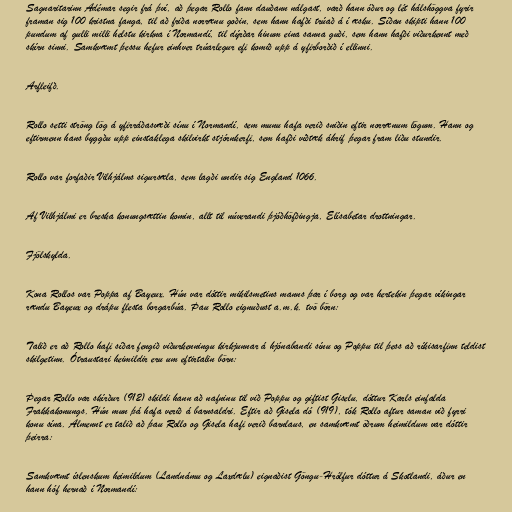
Sagnaritarinn Adémar segir frá því, að þegar Rollo fann dauðann nálgast, varð hann óður og lét hálshöggva fyrir
framan sig 100 kristna fanga, til að friða norrænu goðin, sem hann hafði trúað á í æsku. Síðan skipti hann 100
pundum af gulli milli helstu kirkna í Normandí, til dýrðar hinum eina sanna guði, sem hann hafði viðurkennt með
skírn sinni. Samkvæmt þessu hefur einhver trúarlegur efi komið upp á yfirborðið í ellinni.

Arfleifð.

Rollo setti ströng lög á yfirráðasvæði sínu í Normandí, sem munu hafa verið sniðin eftir norrænum lögum. Hann og
eftirmenn hans byggðu upp einstaklega skilvirkt stjórnkerfi, sem hafði víðtæk áhrif þegar fram liðu stundir.

Rollo var forfaðir Vilhjálms sigursæla, sem lagði undir sig England 1066.

Af Vilhjálmi er breska konungsættin komin, allt til núverandi þjóðhöfðingja, Elísabetar drottningar.

Fjölskylda.

Kona Rollos var Poppa af Bayeux. Hún var dóttir mikilsmetins manns þar í borg og var hertekin þegar víkingar
rændu Bayeux og drápu flesta borgarbúa. Þau Rollo eignuðust a.m.k. tvö börn:

Talið er að Rollo hafi síðar fengið viðurkenningu kirkjunnar á hjónabandi sínu og Poppu til þess að ríkisarfinn teldist
skilgetinn. Ótraustari heimildir eru um eftirtalin börn:

Þegar Rollo var skírður (912) skildi hann að nafninu til við Poppu og giftist Giselu, dóttur Karls einfalda
Frakkakonungs. Hún mun þá hafa verið á barnsaldri. Eftir að Gisela dó (919), tók Rollo aftur saman við fyrri
konu sína. Almennt er talið að þau Rollo og Gisela hafi verið barnlaus, en samkvæmt öðrum heimildum var dóttir
þeirra:

Samkvæmt íslenskum heimildum (Landnámu og Laxdælu) eignaðist Göngu-Hrólfur dóttur á Skotlandi, áður en
hann hóf hernað í Normandí: